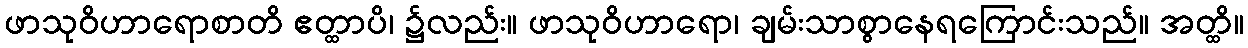
ဖာသုဝိဟာရောစာတိ ဧတ္ထာပိ၊ ၌လည်း။ ဖာသုဝိဟာရော၊ ချမ်းသာစွာနေရကြောင်းသည်။ အတ္ထိ။